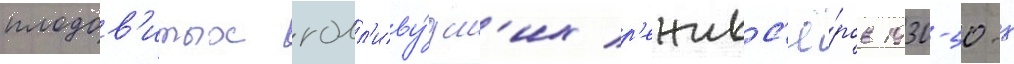
плодов'итых голл'иву́дск'их р'ежисс'ё́ров 1930-50-х